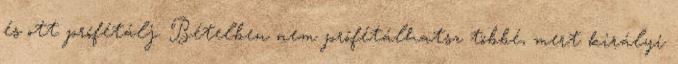
és ott prófétálj. Bételben nem prófétálhatsz többé, mert királyi